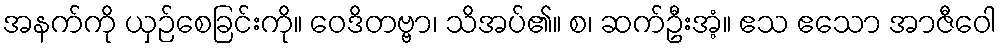
အနက်ကို ယှဉ်စေခြင်းကို။ ဝေဒိတဗ္ဗာ၊ သိအပ်၏။ စ၊ ဆက်ဦးအံ့။ ဧသ ဧသော အာဇီဝေါ